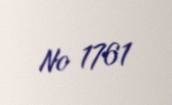
№ 1761